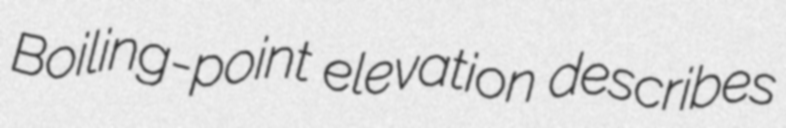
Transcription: Boiling-point elevation describes